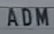
ADM